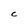
Character: C